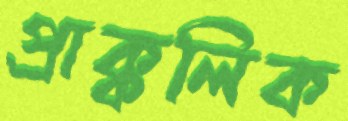
প্রাক্কলিক